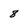
Character: 8